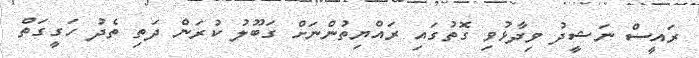
ރައީސް ނަޝީދު ވިދާޅުވި ގޮތުގައި ރައްޔިތުންނަށް ގަބޫލު ކުރަން ދަތި ތެދު ހަގީގަތް